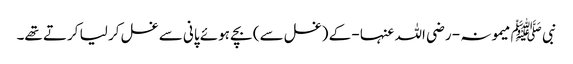
نبی ﷺ میمونہ - رضی اللہ عنہا - کے (غسل سے) بچے ہوئے پانی سے غسل کر لیا کرتے تھے۔